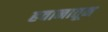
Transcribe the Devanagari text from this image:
हवानातून